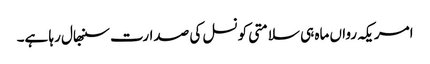
امریکہ رواں ماہ ہی سلامتی کونسل کی صدارت سنبھال رہا ہے۔